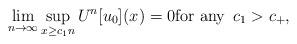
LaTeX: \begin{align*}\lim_{n\to\infty} \sup_{x\geq c_1n} U^n[u_0](x)=0\hbox{for any } \,c_1> c_+,\end{align*}